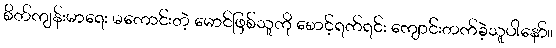
စိတ်ကျန်းမာရေး မကောင်းတဲ့ မောင်ဖြစ်သူကို စောင့်ရက်ရင်း ကျောင်းတက်ခဲ့သူပါနော်။